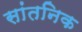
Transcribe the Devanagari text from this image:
सांतनिक